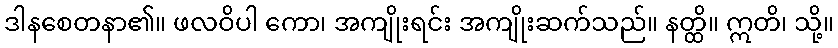
ဒါနစေတနာ၏။ ဖလဝိပါ ကော၊ အကျိုးရင်း အကျိုးဆက်သည်။ နတ္ထိ။ ဣတိ၊ သို့။